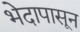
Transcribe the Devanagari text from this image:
भेदापासून